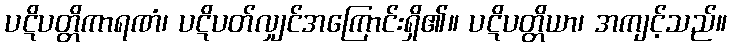
ပဋိပတ္တိကာရဏံ၊ ပဋိပတ်လျှင်အကြောင်းရှိ၏။ ပဋိပတ္တိယာ၊ အကျင့်သည်။